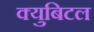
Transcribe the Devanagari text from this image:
क्युबिटल